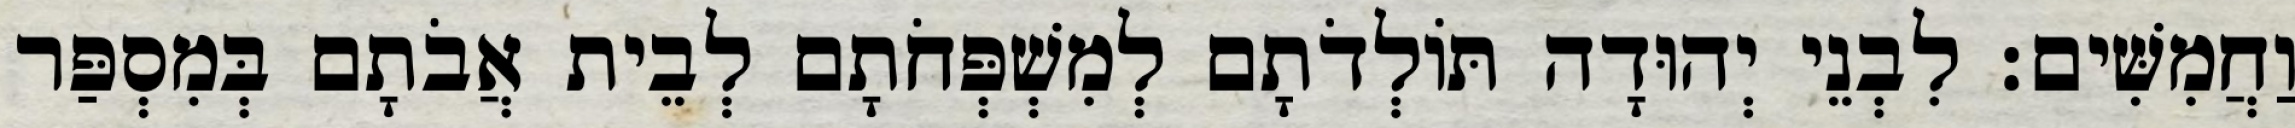
וַחֲמִשִּׁים׃ לִבְנֵי יְהוּדָה תּוֹלְדֹתָם לְמִשְׁפְּחֹתָם לְבֵית אֲבֹתָם בְּמִסְפַּר